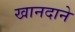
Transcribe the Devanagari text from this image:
खानदाने